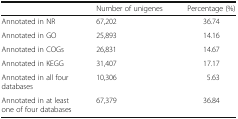
<table><thead><tr><td></td><td><b>Number of unigenes</b></td><td><b>Percentage (%)</b></td></tr></thead><tbody><tr><td>Annotated in NR</td><td>67,202</td><td>36.74</td></tr><tr><td>Annotated in GO</td><td>25,893</td><td>14.16</td></tr><tr><td>Annotated in COGs</td><td>26,831</td><td>14.67</td></tr><tr><td>Annotated in KEGG</td><td>31,407</td><td>17.17</td></tr><tr><td>Annotated in all four databases</td><td>10,306</td><td>5.63</td></tr><tr><td>Annotated in at least one of four databases</td><td>67,379</td><td>36.84</td></tr></tbody></table>